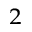
^ 2